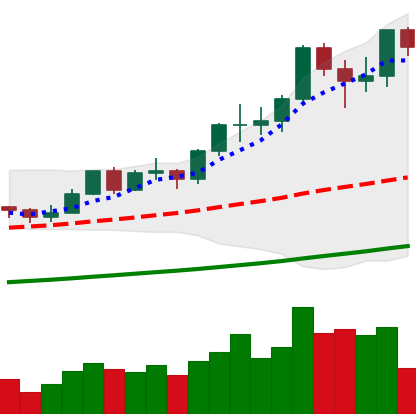
Ticker: LTC-USD
Chart end date: 2021-02-18
Forward return: -22.01%
Label: down_7plus